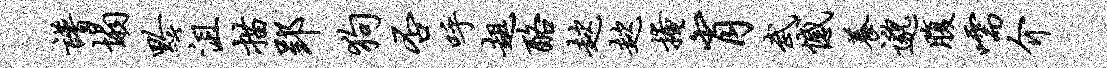
谱塌黔沮描郢狗否呼趄酪趑趑掩肖武憾养邈腹嚅介